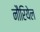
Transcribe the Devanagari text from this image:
नौरियेल